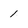
Character: 1